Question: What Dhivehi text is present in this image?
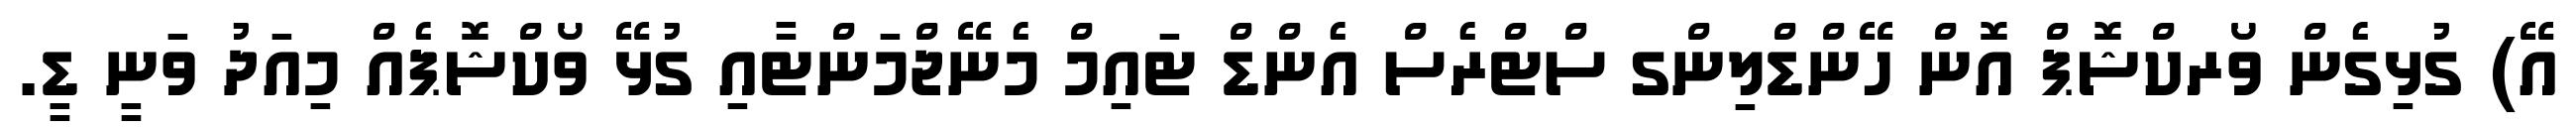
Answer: އޭ) ގުޅިގެން ވޯރކްޝޮޕް އޮން ހޭންޑްލިންގ ސްޓްރެސް އެންޑް ޓައިމް މެނޭޖްމަންޓާއި ގުޅޭ ވޯކްޝޮޕެއް މިއަދު ވަނީ ޑީ.